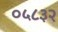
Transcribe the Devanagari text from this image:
०५८३२